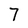
Character: 7